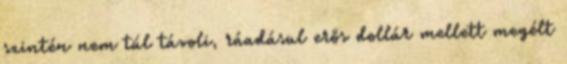
szintén nem túl távoli, ráadásul erős dollár mellett megélt